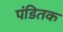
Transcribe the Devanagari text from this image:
पंडितक